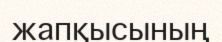
жапқысының